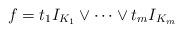
LaTeX: \begin{align*}f=t_1 I_{K_1}\vee\dots\vee t_m I_{K_m}\end{align*}